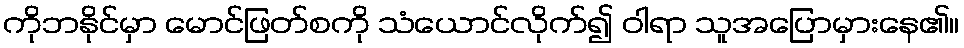
ကိုဘနိုင်မှာ မောင်ဖြတ်စကို သံယောင်လိုက်၍ ဝါရာ သူအပြောမှားနေ၏။